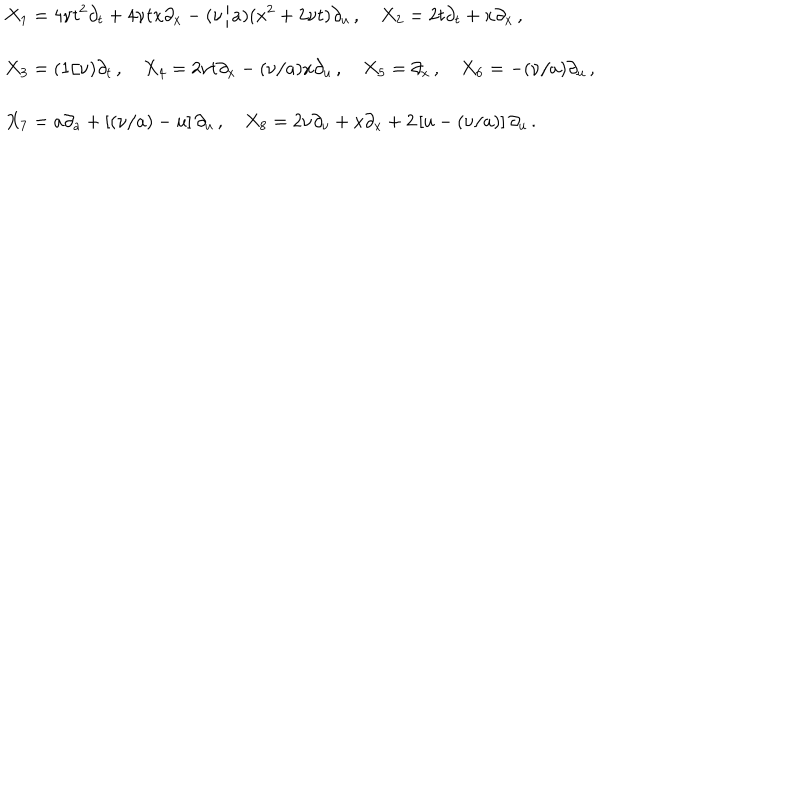
\begin{array} { l } { { \displaystyle { X _ { 1 } = 4 { \nu } t ^ { 2 } { \partial } _ { t } + 4 { \nu } t x { \partial } _ { x } - ( { \nu } / a ) ( x ^ { 2 } + 2 { \nu } t ) { \partial } _ { u } \, , \quad X _ { 2 } = 2 t { \partial } _ { t } + x { \partial } _ { x } \, , } } } \\ { { \mathrm { } } } \\ { { \displaystyle { X _ { 3 } = ( 1 / { \nu } ) { \partial } _ { t } \, , \quad X _ { 4 } = 2 { \nu } t { \partial } _ { x } - ( { \nu } / a ) x { \partial } _ { u } \, , \quad X _ { 5 } = { \partial } _ { x } \, , \quad X _ { 6 } = - ( { \nu } / a ) { \partial } _ { u } \, , } } } \\ { { \mathrm { } } } \\ { { \displaystyle { X _ { 7 } = a { \partial } _ { a } + \left[ ( { \nu } / a ) - u \right] { \partial } _ { u } \, , \quad X _ { 8 } = 2 { \nu } { \partial } _ { \nu } + x { \partial } _ { x } + 2 \left[ u - ( { \nu } / a ) \right] { \partial } _ { u } \, . } } } \\ \end{array}